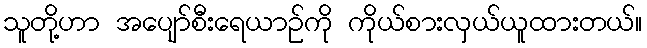
သူတို့ဟာ အပျော်စီးရေယာဉ်ကို ကိုယ်စားလှယ်ယူထားတယ်။